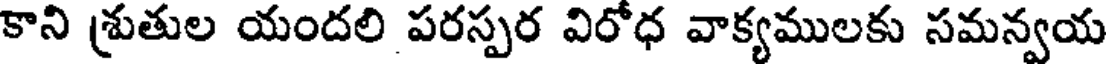
కాని శ్రుతుల యందలి పరస్పర విరోధ వాక్యములకు సమన్వయ